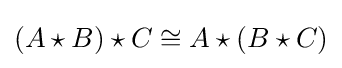
(A\star B)\star C\cong A\star (B\star C)